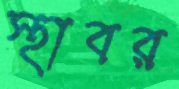
স্থাবর